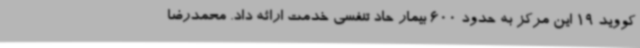
کووید 19 این مرکز به حدود 600 بیمار حاد تنفسی خدمت ارائه داد. محمدرضا